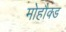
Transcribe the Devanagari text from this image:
मोहौक्ड